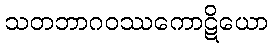
သတဘာဂဝဿကောဋိယော